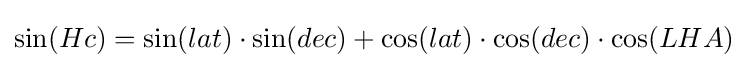
\sin(Hc)=\sin(lat)\cdot \sin(dec)+\cos(lat)\cdot \cos(dec)\cdot \cos(LHA)